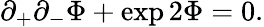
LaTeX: \partial_{+}\partial_{-}\Phi+\exp{2\Phi}=0.